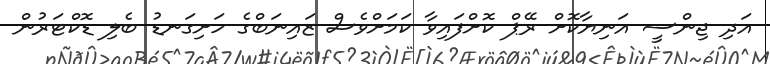
އަދި ޖިންސީ އަނިޔާކޮށް ރޭޕް ކޮށްފައިވާ ކަމަށްވެސް ޒައިނަބްގެ ހަށިގަނޑު ބެލި ޑޮކްޓަރުން